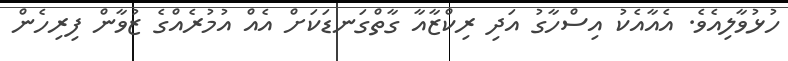
ހުޅުވާލިއެވެ. އެއާއެކު އިސްހާގު އަދި ރިކްޒާއާ ގާތްގަނޑަކަށް އެއް އުމުރެއްގެ ޒުވާން ފިރިހެން